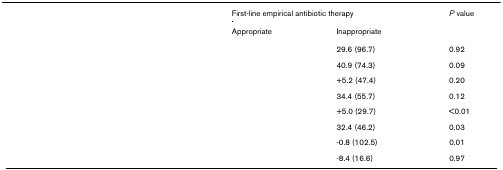
<table><thead><tr><td>[EMPTY_CELL]</td><td colspan="2"><b>First-line empirical antibiotic therapy</b></td><td><b><i>P </i>value</b></td></tr><tr><td>[EMPTY_CELL]</td><td><b>Appropriate</b></td><td><b>Inappropriate</b></td><td>[EMPTY_CELL]</td></tr></thead><tbody><tr><td>[EMPTY_CELL]</td><td>[EMPTY_CELL]</td><td>29.6 (96.7)</td><td>0.92</td></tr><tr><td>[EMPTY_CELL]</td><td>[EMPTY_CELL]</td><td>40.9 (74.3)</td><td>0.09</td></tr><tr><td>[EMPTY_CELL]</td><td>[EMPTY_CELL]</td><td>+5.2 (47.4)</td><td>0.20</td></tr><tr><td>[EMPTY_CELL]</td><td>[EMPTY_CELL]</td><td>34.4 (55.7)</td><td>0.12</td></tr><tr><td>[EMPTY_CELL]</td><td>[EMPTY_CELL]</td><td>+5.0 (29.7)</td><td>&lt;0.01</td></tr><tr><td>[EMPTY_CELL]</td><td>[EMPTY_CELL]</td><td>32.4 (46.2)</td><td>0.03</td></tr><tr><td>[EMPTY_CELL]</td><td>[EMPTY_CELL]</td><td>-0.8 (102.5)</td><td>0.01</td></tr><tr><td>[EMPTY_CELL]</td><td>[EMPTY_CELL]</td><td>-8.4 (16.6)</td><td>0.97</td></tr></tbody></table>